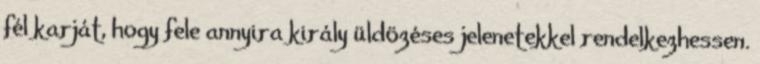
fél karját, hogy fele annyira király üldözéses jelenetekkel rendelkezhessen.